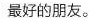
最好的朋友.